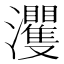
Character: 𱪘